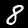
Digit: 8